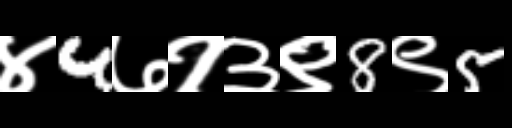
Text: ४4७१३९8९5